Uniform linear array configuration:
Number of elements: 32
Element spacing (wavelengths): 0.75
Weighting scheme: hamming
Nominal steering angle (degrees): -45
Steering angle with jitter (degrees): -43.699
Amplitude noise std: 0.05
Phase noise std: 0.05

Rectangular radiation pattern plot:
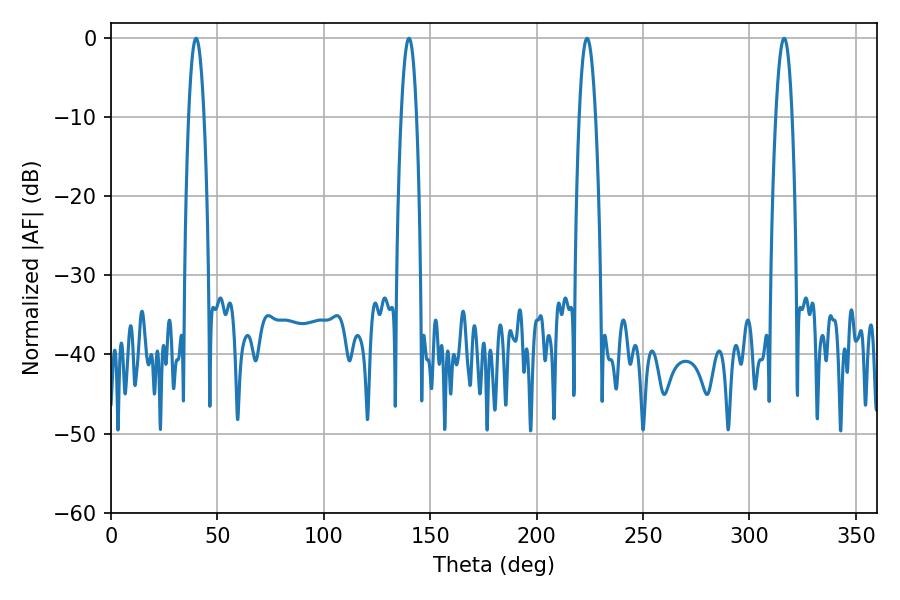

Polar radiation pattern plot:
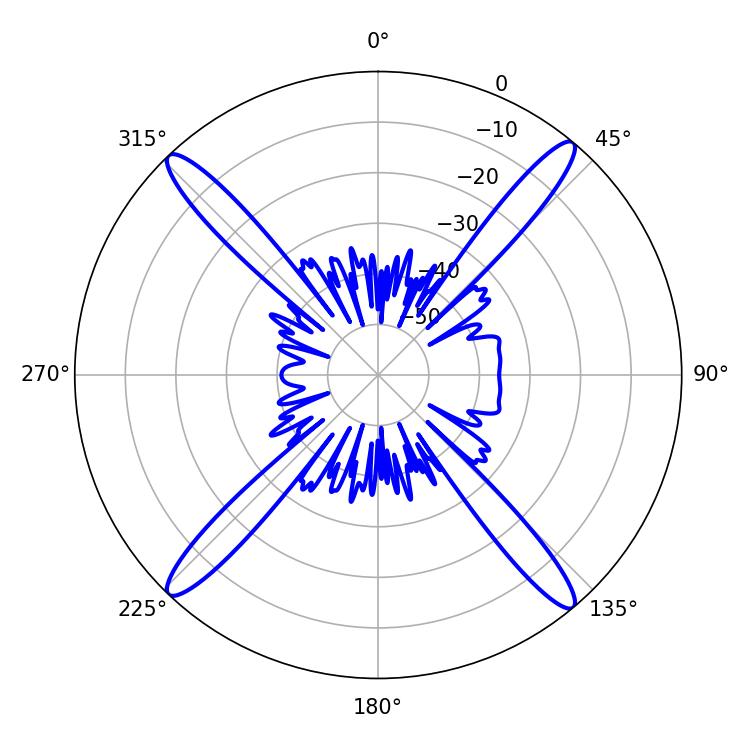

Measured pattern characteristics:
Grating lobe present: TRUE
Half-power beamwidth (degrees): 3.96
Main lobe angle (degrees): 140.04